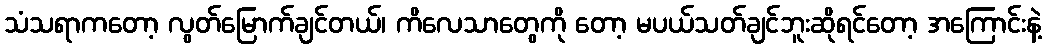
သံသရာကတော့ လွတ်မြောက်ချင်တယ်၊ ကိလေသာတွေကို တော့ မပယ်သတ်ချင်ဘူးဆိုရင်တော့ အကြောင်းနဲ့